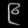
Digit: ၉